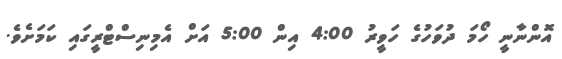
އޮންނާނީ ހޯމަ ދުވަހުގެ ހަވީރު 4:00 އިން 5:00 އަށް އެމިނިސްޓްރީގައި ކަމަށެވެ.